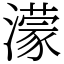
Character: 濛